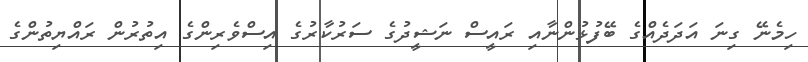
ހިމެނޭ ގިނަ އަދަދެއްގެ ބޭފުޅުންނާއި ރައީސް ނަޝީދުގެ ސަރުކާރުގެ އިސްވެރިންގެ އިތުރުން ރައްޔިތުންގެ